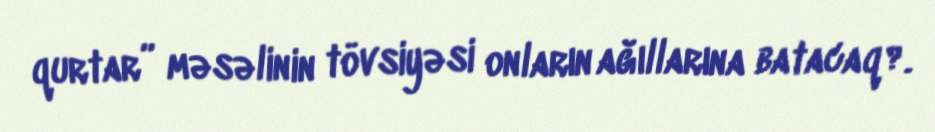
qurtar” məsəlinin tövsiyəsi onların ağıllarına batacaq?.